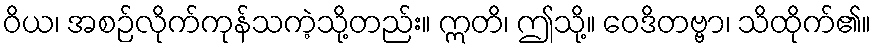
ဝိယ၊ အစဉ်လိုက်ကုန်သကဲ့သို့တည်း။ ဣတိ၊ ဤသို့။ ဝေဒိတဗ္ဗာ၊ သိထိုက်၏။